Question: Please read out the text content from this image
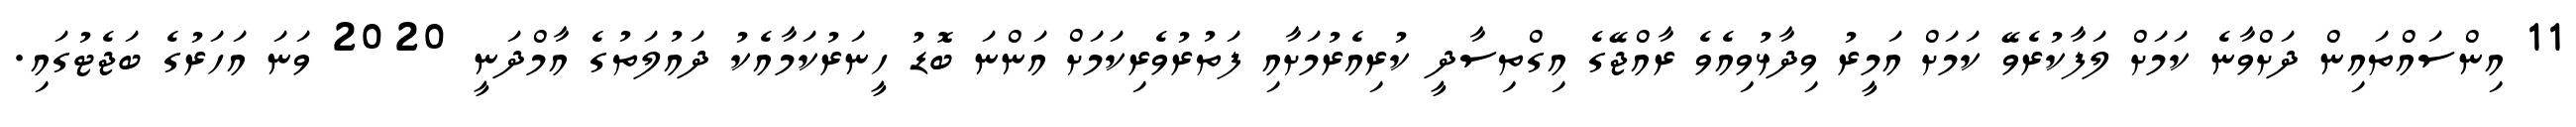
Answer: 11 އިންސައްތައިން ދަށްވާނެ ކަމަށް ލަފާކުރެވޭ ކަމަށް އަމީރު ވިދާޅުވިއެވެ ރާއްޖޭގެ އިގްތިސާދީ ކުރިއެރުމަށާއި ފަތުރުވެރިކަމަށް އަންނަ ބޮޑު ހީނަރުކަމާއެކު ދައުލަތުގެ އާމްދަނީ 2020 ވަނަ އަހަރުގެ ބަޖެޓުގައި.